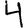
Digit: 4